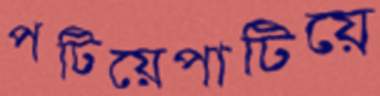
পটিয়েপাটিয়ে